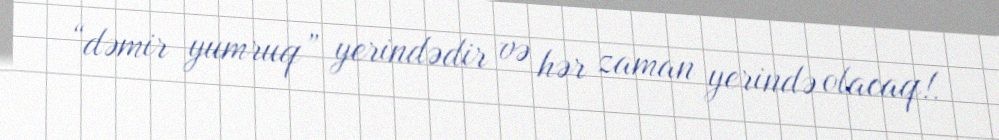
“dəmir yumruq” yerindədir və hər zaman yerində olacaq!.